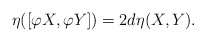
\begin{align*}\eta([\varphi X, \varphi Y])=2d\eta(X,Y). \end{align*}